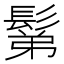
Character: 鬀